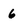
Character: 6